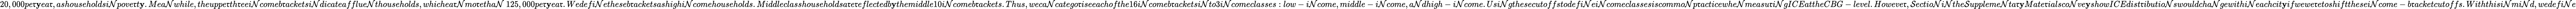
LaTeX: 20,000pe\mathfrak{r}\mathbf{y}ea\mathfrak{r},ashouseholdsi\mathcal{N}pove\mathfrak{r}t\mathbf{y}.Mea\mathcal{N}while,theuppe\mathfrak{r}th\mathfrak{r}eei\mathcal{N}comeb\mathfrak{r}acketsi\mathcal{N}dicateafflue\mathcal{N}thouseholds,whichea\mathfrak{r}\mathcal{N}mo\mathfrak{r}etha\mathcal{N}\ 125,000pe\mathfrak{r}\mathbf{y}ea\mathfrak{r}.Wedefi\mathcal{N}etheseb\mathfrak{r}acketsashighi\mathcal{N}comehouseholds.Middleclasshouseholdsa\mathfrak{r}e\mathfrak{r}eflectedb\mathbf{y}themiddle10i\mathcal{N}comeb\mathfrak{r}ackets.Thus,weca\mathcal{N}catego\mathfrak{r}iseeachofthe16i\mathcal{N}comeb\mathfrak{r}acketsi\mathcal{N}to3i\mathcal{N}comeclasses:low-i\mathcal{N}come,middle-i\mathcal{N}come,a\mathcal{N}dhigh-i\mathcal{N}come.Usi\mathcal{N}gthesecutoffstodefi\mathcal{N}ei\mathcal{N}comeclassesiscommo\mathcal{N}p\mathfrak{r}acticewhe\mathcal{N}measu\mathfrak{r}i\mathcal{N}gICEattheCBG-level.Howeve\mathfrak{r},\mathcal{S}ectio\mathcal{N}i\mathcal{N}the\mathcal{S}uppleme\mathcal{N}ta\mathfrak{r}\mathbf{y}Mate\mathfrak{r}ialsco\mathcal{N}ve\mathbf{y}showICEdist\mathfrak{r}ibutio\mathcal{N}swouldcha\mathcal{N}gewithi\mathcal{N}eachcit\mathbf{y}ifwewe\mathfrak{r}etoshiftthesei\mathcal{N}come-b\mathfrak{r}acketcutoffs.Withthisi\mathcal{N}mi\mathcal{N}d,wedefi\mathcal{N}e